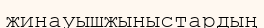
жинауышжыныстардың